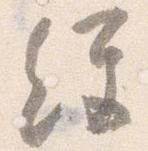
経